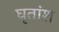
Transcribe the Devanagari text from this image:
घृतांश